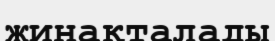
жинақталады